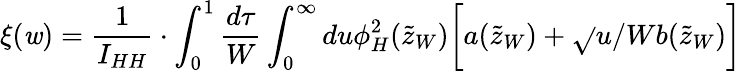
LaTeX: \xi(\mathit{w})=\frac{{1}}{{I_{HH}}}\cdot\int_{0}^{1}\frac{{d\tau}}{{W}}\int_{0}^{\infty}du\phi_{H}^{2}(\tilde{{z}}_{W})\biggl[a(\tilde{{z}}_{W})+\sqrt{}{{u/W}}b(\tilde{{z}}_{W})\biggr]